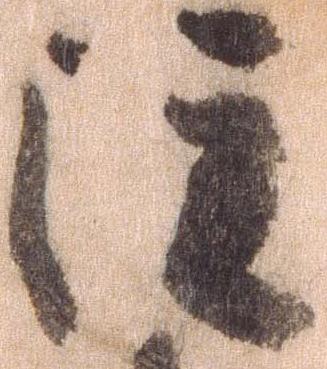
注